DOW-UAP-D48, Department of the Air Force Report, 1996
Agency: Department of War
Incident date: 9/10/96
Page 66
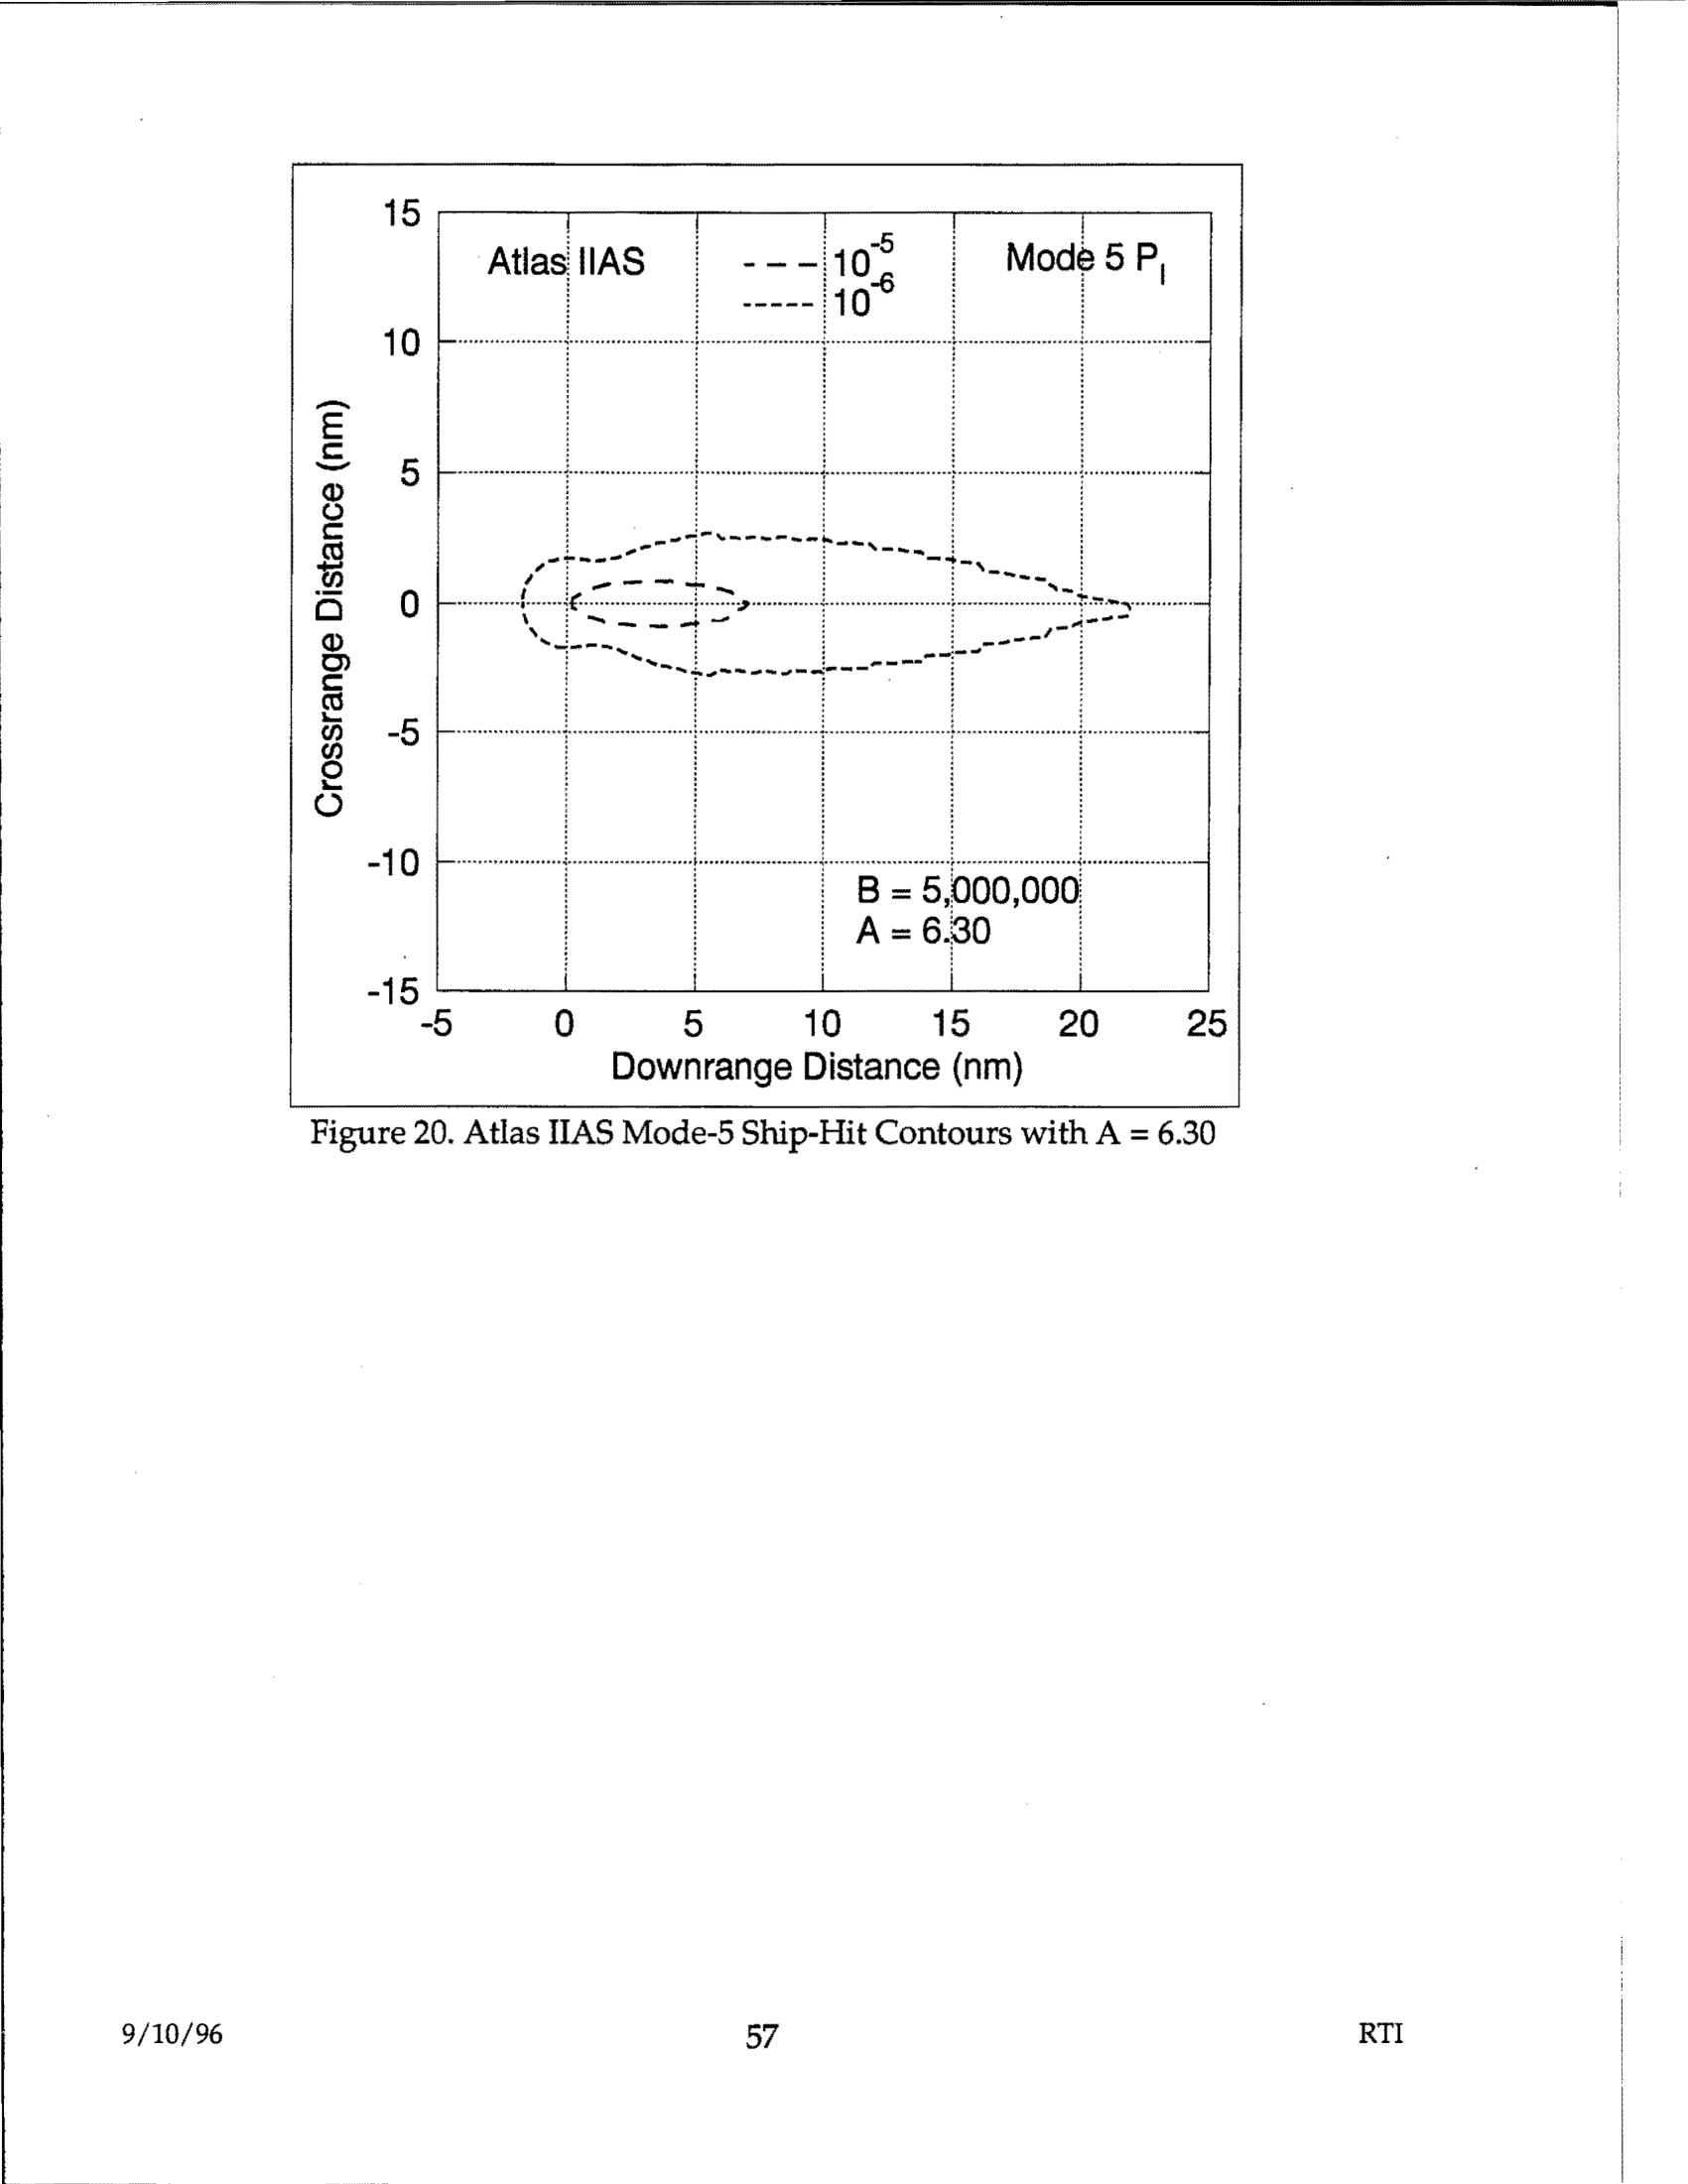